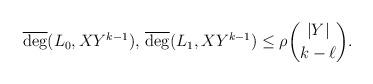
LaTeX: \begin{align*}\overline{\deg}(L_0, X Y^{k-1}), \,\overline{\deg}(L_1, X Y^{k-1})\le \rho\binom{|Y|}{k-\ell}.\end{align*}